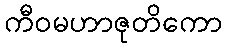
ကီဝမဟာဇုတိကော